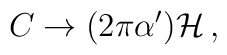
C\rightarrow (2\pi\alpha^{\prime}) {\cal H}\, ,